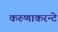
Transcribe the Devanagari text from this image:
करुणाकरन्टे